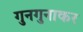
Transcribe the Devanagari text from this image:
गुनगुनाकर